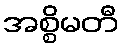
အစ္စိမတီ